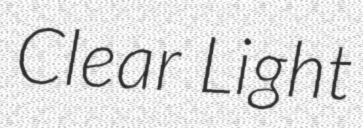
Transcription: Clear Light